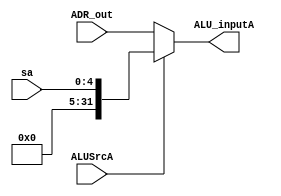
`timescale 1ns / 1ps
//////////////////////////////////////////////////////////////////////////////////
// Company: 
// Engineer: 
// 
// Design Name: 
// Module Name: Mux_ALUSrcA
// Project Name: 
// Target Devices: 
// Tool Versions: 
// Description: 
// 
// Dependencies: 
// 
// Revision:
// Revision 0.01 - File Created
// Additional Comments:
// 
//////////////////////////////////////////////////////////////////////////////////


module Mux_ALUSrcA(
    input [31:0] ADR_out,
    input ALUSrcA,
    input [4:0] sa,
    output reg [31:0] ALU_inputA
    );
    
    always@ (*) begin
            if( ALUSrcA == 1)
                ALU_inputA = {27'b000000000000000000000000000, sa};
            else
                ALU_inputA = ADR_out;
    end
    
endmodule